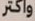
واكتر